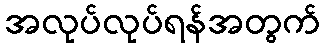
အလုပ်လုပ်ရန်အတွက်